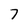
Character: 7